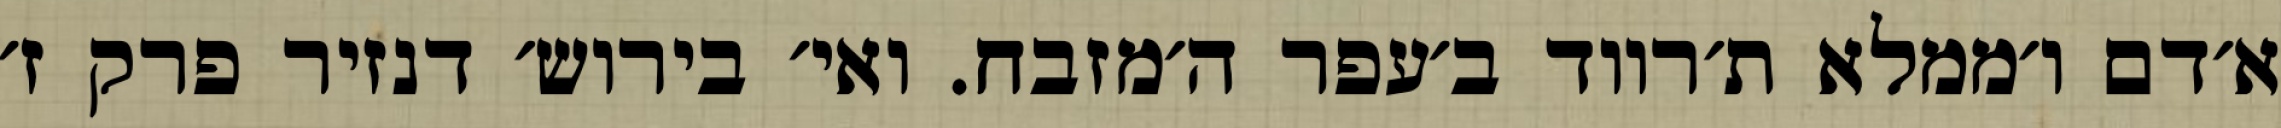
א׳דם ו׳ממלא ת׳רווד ב׳עפר ה׳מזבח. ואי׳ בירוש׳ דנזיר פרק ז׳